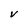
Character: V